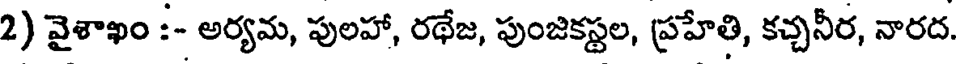
2) వైశాఖం :- అర్యమ, పులహా, రథేజ, పుంజికస్టల, ప్రహేతి, కచ్చనీర, నారద.